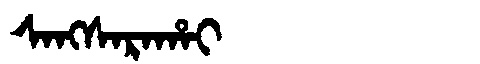
Manchu: ᠰᠠᠩᠰᠠᡵᠠᡥᠠᡳ
Romanization: SANGSARAHAI